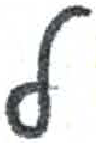
אות: ל